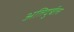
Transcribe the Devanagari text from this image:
अतिदुर्बल